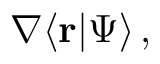
\nabla \langle \mathbf { r } | \Psi \rangle \, ,